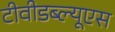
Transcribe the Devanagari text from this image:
टीवीडब्ल्यूएस